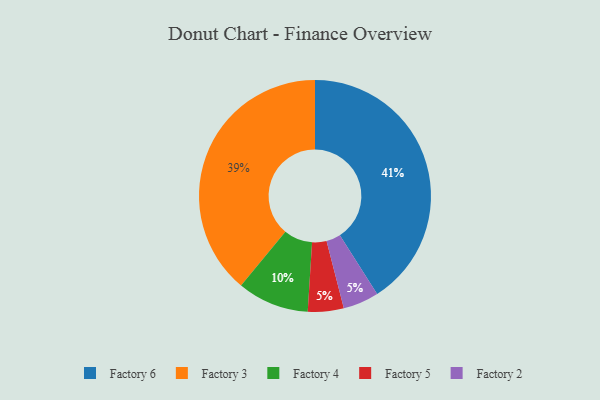
{"axis": {"x": "Category", "y": "Percentage"}, "legend": ["Factory 2", "Factory 3", "Factory 4", "Factory 5", "Factory 6"], "data": [{"x": "Factory 5", "y": 5, "type": "Factory 5"}, {"x": "Factory 3", "y": 39, "type": "Factory 3"}, {"x": "Factory 6", "y": 41, "type": "Factory 6"}, {"x": "Factory 4", "y": 10, "type": "Factory 4"}, {"x": "Factory 2", "y": 5, "type": "Factory 2"}]}